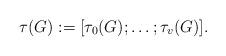
LaTeX: \begin{align*}\tau(G):=\lbrack\tau_0(G);\ldots;\tau_v(G)\rbrack.\end{align*}